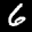
Label: 6